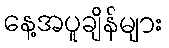
နေ့အပူချိန်များ